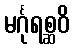
မင်္ဂုရစ္ဆဝိ